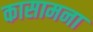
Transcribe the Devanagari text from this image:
कासामना